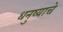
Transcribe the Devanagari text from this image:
धनुष्याचे